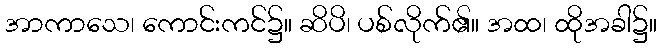
အာကာသေ၊ ကောင်းကင်၌။ ဆိပိ၊ ပစ်လိုက်၏။ အထ၊ ထိုအခါ၌။